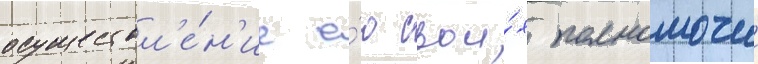
осуществл'е́н'ие е́ю свои́х полномочии